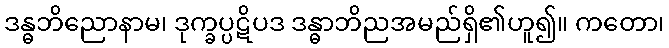
ဒန္ဓဘိညောနာမ၊ ဒုက္ခပ္ပဋိပဒ ဒန္ဓာဘိညအမည်ရှိ၏ဟူ၍။ ကတော၊